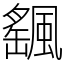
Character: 颻